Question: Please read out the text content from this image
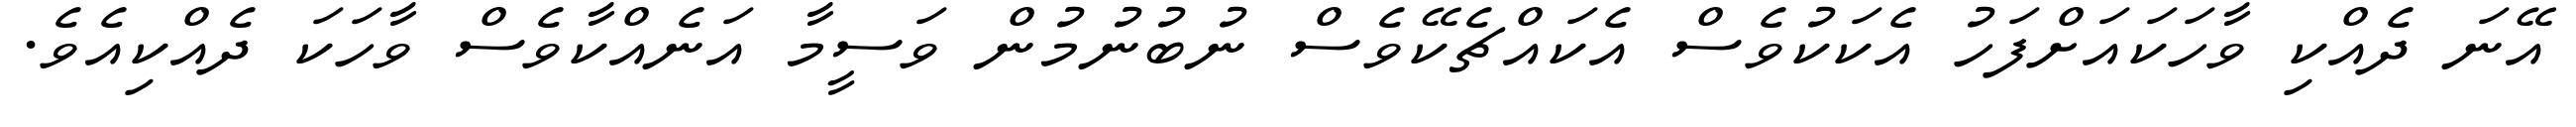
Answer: އޭނަ ދެއްކި ވާހަކައަށްފަހު އެކަކުވެސް އެކައްޗެކޭވެސް ނުބުނުމުން ވަސީމާ އަނެއްކާވެސް ވާހަކަ ދެއްކިއެވެ.